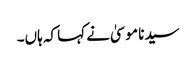
سیدنا موسیٰ نے کہا کہ ہاں۔